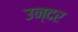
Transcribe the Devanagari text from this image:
उन्दर